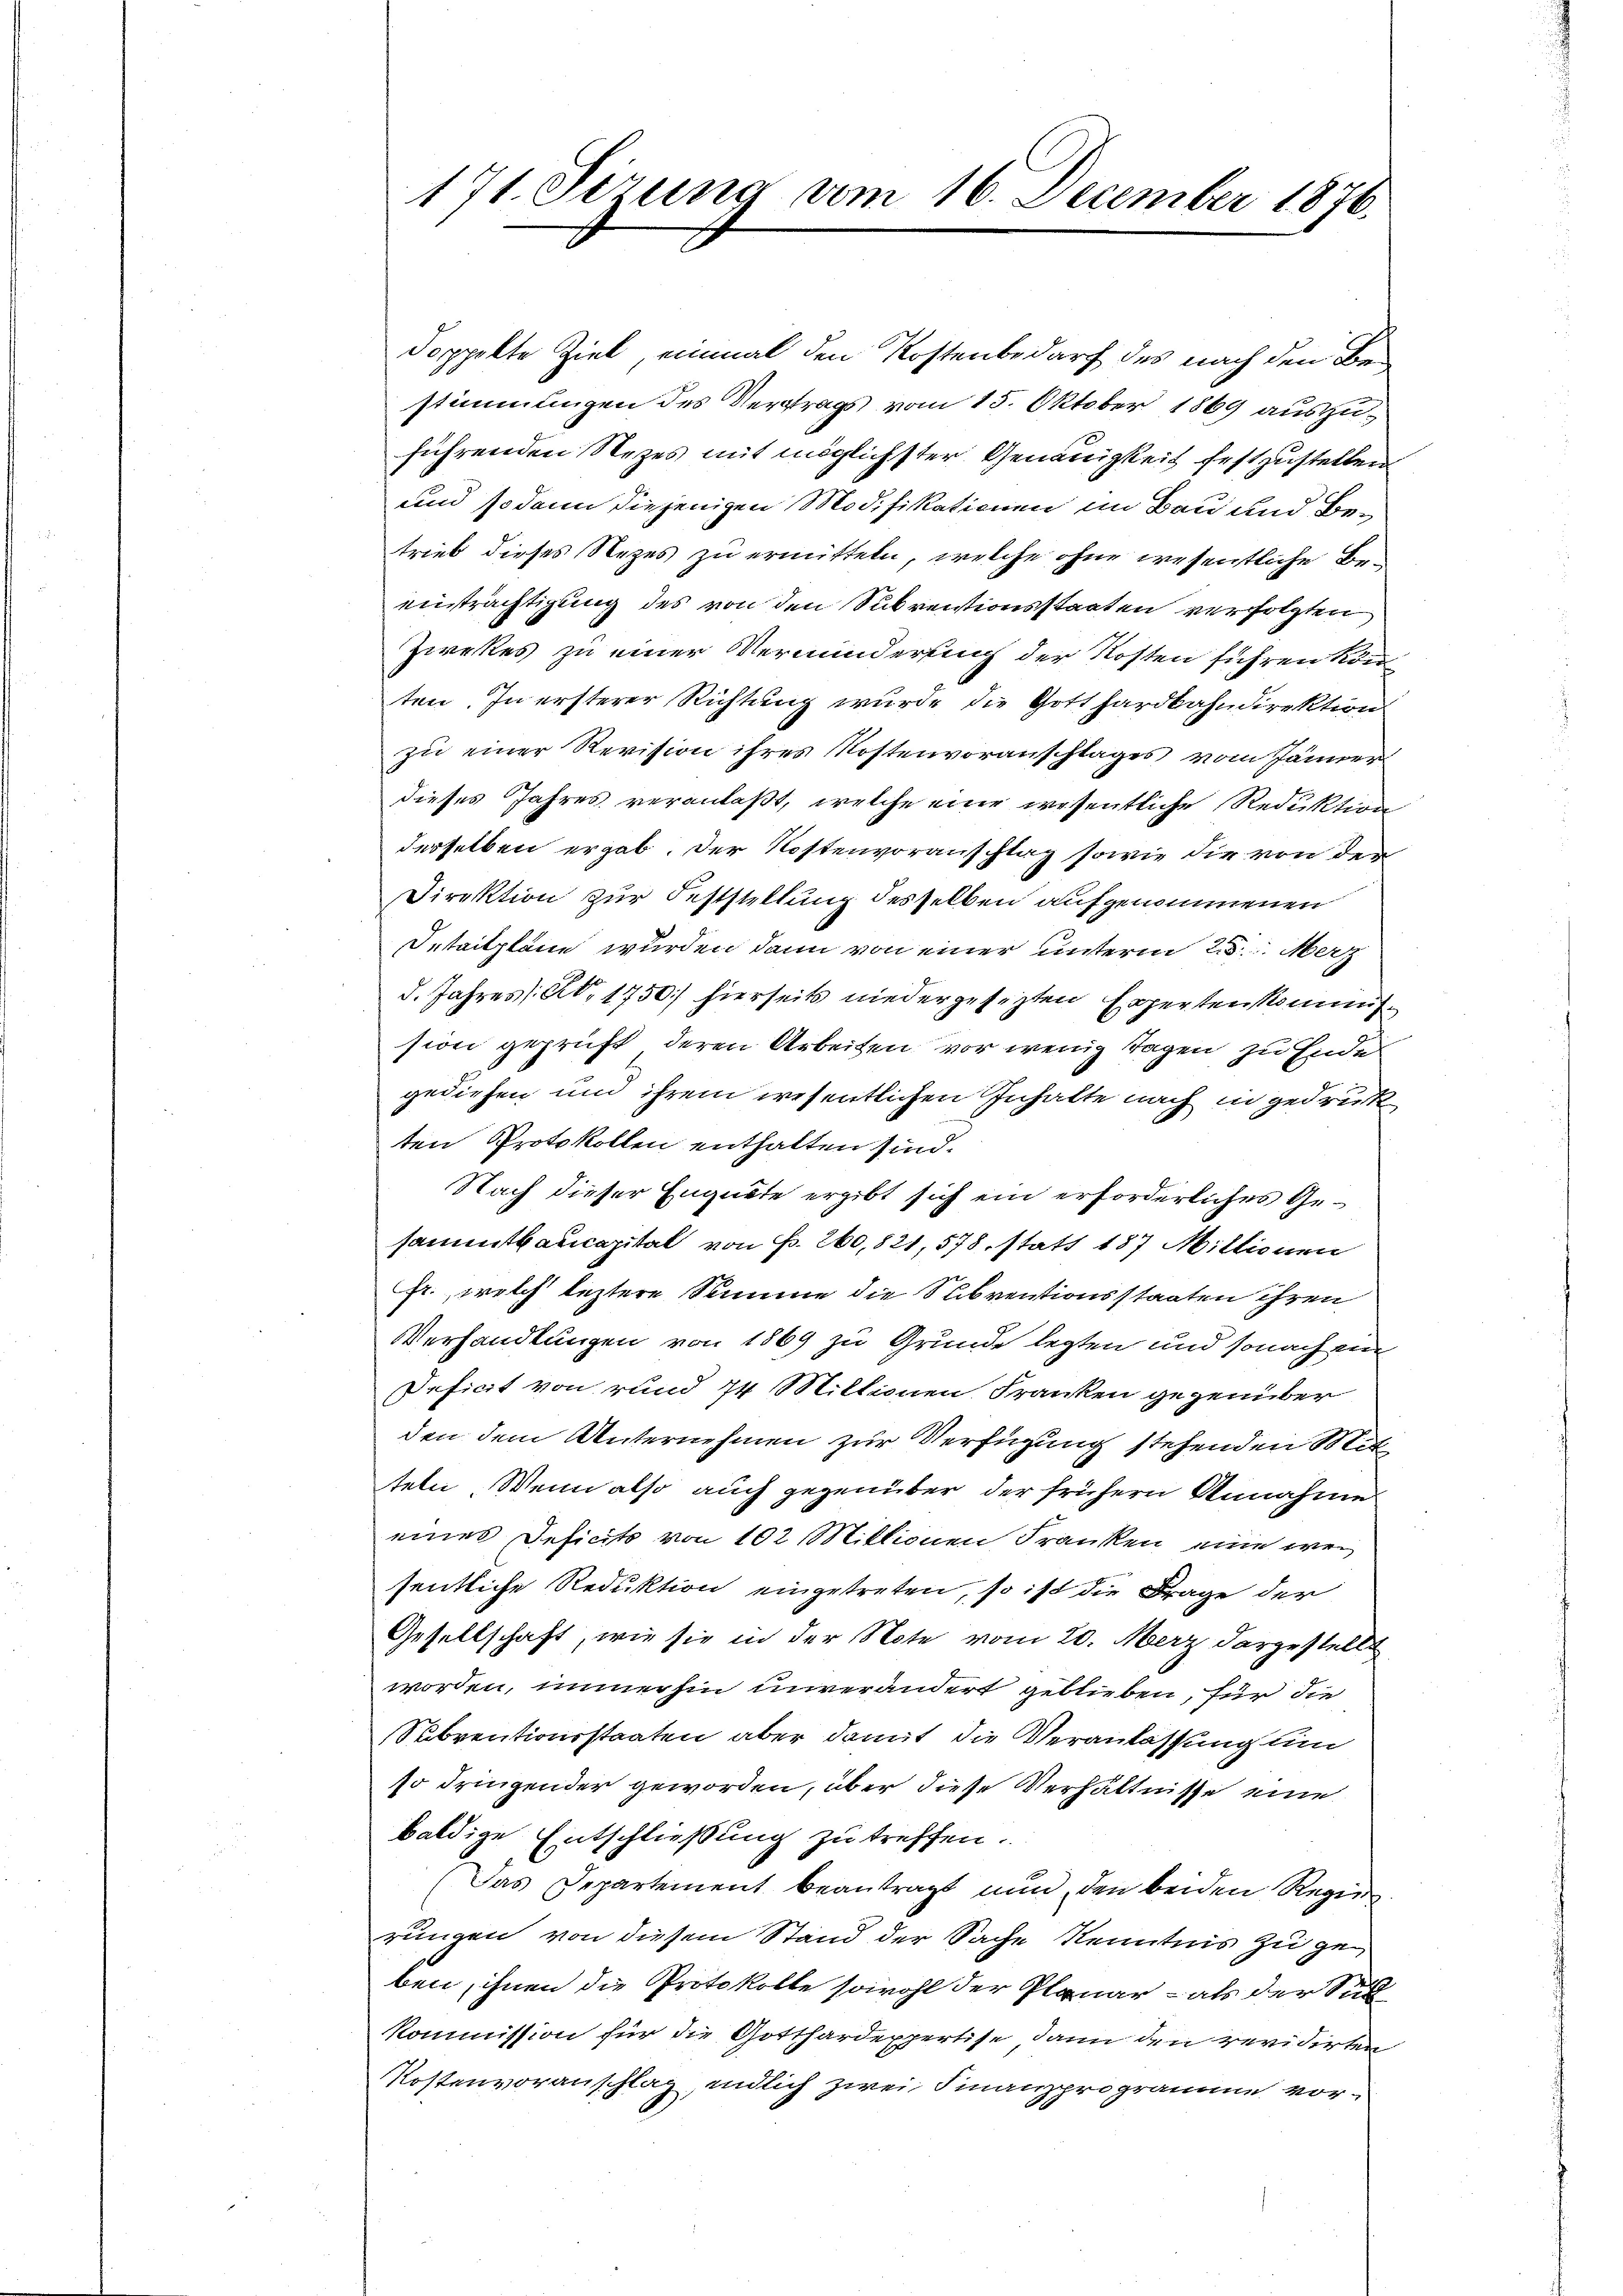
171. Sizung vom 16. December 1876.

doppelte Ziel, einmal den Kostenbedarf des nach den Bestimmungen des Vertrags vom 15. Oktober 1869 auszuführenden Nezes mit möglichster Genauigkeit festzustellen
und sodann diejenigen Modifikationen im Bau und Betrieb dieses Nezes zu ermitteln, welche ohne wesentliche Beeinträchtigung des von den Subreitionsstaaten verfolgten
Zirkes zu einer Verminderung der Kosten führen könten. In ersterer Richtung wurde die Gotthardbahndirektion
zu einer Revision ihres Kostenvoranschlages vom Jänner
dieses Jahres veranlaßt, welche eine wesentliche Reduktion
derselben ergab. Der Kostenvoranschlag sowie die von den
Direktion zur Feststellung desselben aufgenommenen
Detailpläne wurden dann von einer unterm 23. Merz
d. Jahres Al. 1750 hierseits niedergesezten Experten kommission geprüft, deren Arbeiten vor wenig Tagen zu Ende
gediehen und ihrem wesentlichen Inhalte nach in gedrück
ten Protokollen enthalten sind.
Nach dieser Engnete ergibt sich ein erforderliches Gesammtkaucapital von P. 260,821, 578. statt 187 Millionen
Fr., welch leztere Stimme die Subventionsstaaten ihren
Verhandlungen von 1869 zu Grunde legten und sonach ein
Deficit von rund 14 Mittionen Franken gegenüber
den dem Unternehmen zur Verfügung stehenden Mitteln. Wenn also auch gegenüber der frühern Annahme
eines Deficits von 102 Millionen Franken, eine wei
sentliche Reduktion eingetreten, so ist die Frage der
Gesellschaft, wie sie in der Note vom 20. Merz dargestellt
worden, immerhin unverändert geblieben, für die
Subventionsstaaten aber damit die Veranlassung um
so dringender geworden, über diese Verhältnisse eine
baldige Entschließung zu treffen.
Das Departement beantragt nun, den beiden Regie
rungen von diesem Stand der Sache Kenntnis zu ge
ben, ihnen die Protokolle sowohl der Plauer als der Sub
Kommission für die Gotthardexpertise dann den revidirten
Kostenvoranschlag, endlich zwei Finanzprogramm vor¬